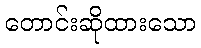
တောင်းဆိုထားသော